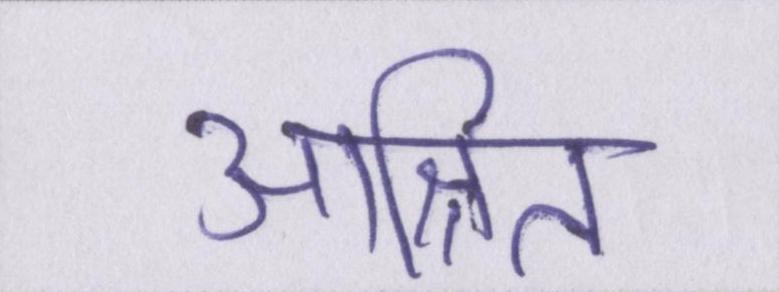
आश्रित